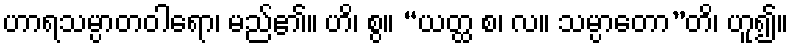
ဟာရသမ္ပာတဝါရော၊ မည်၏။ ဟိ၊ စွ။ “ယတ္ထ စ၊ လ။ သမ္ပာတော”တိ၊ ဟူ၍။